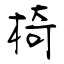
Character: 椅